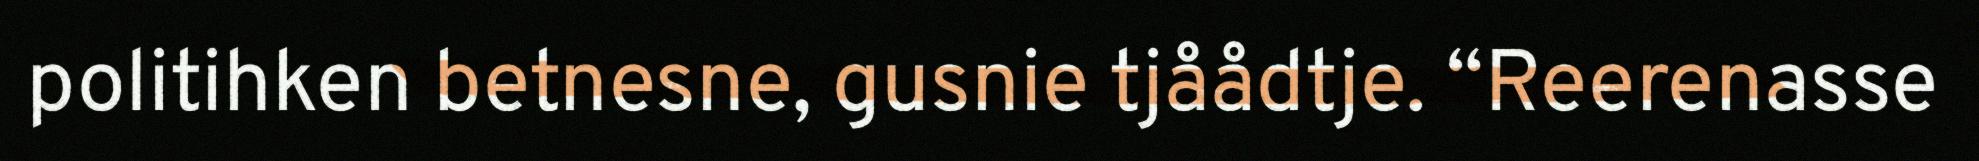
politihken betnesne, gusnie tjåådtje. “Reerenasse